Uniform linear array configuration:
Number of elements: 12
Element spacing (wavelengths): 1
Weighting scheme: kaiser
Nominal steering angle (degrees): -15
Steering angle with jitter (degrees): -15.436
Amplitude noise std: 0.05
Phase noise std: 0.05

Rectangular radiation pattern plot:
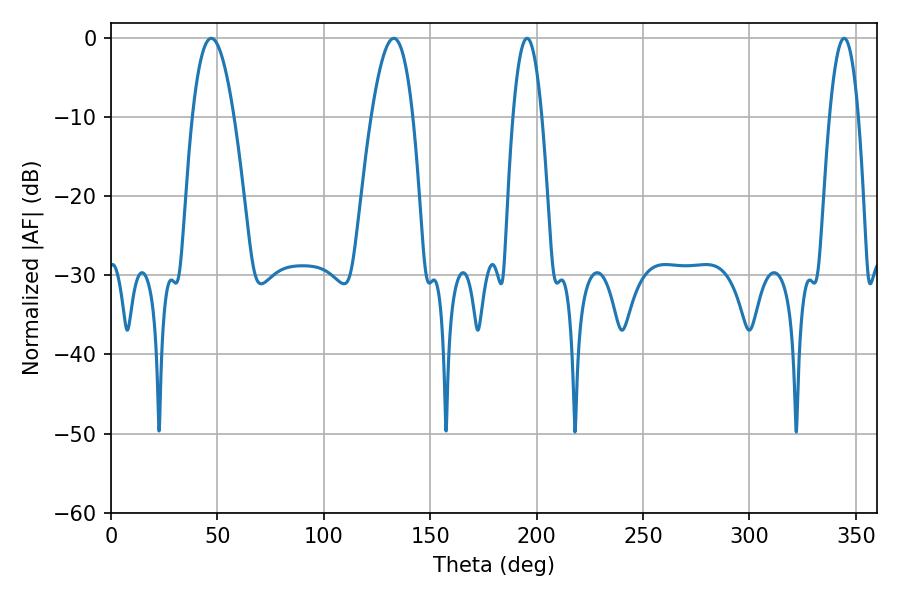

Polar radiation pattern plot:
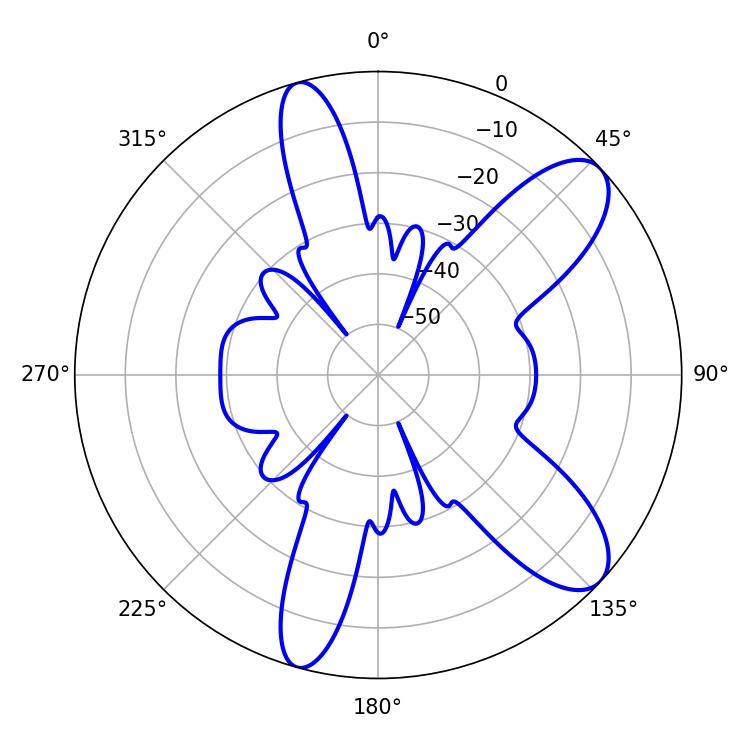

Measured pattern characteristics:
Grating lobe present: TRUE
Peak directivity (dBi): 9.563
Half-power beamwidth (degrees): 7.38
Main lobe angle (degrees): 344.52